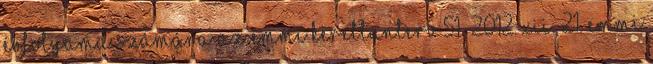
évfolyama számára az EMMI kerettanterv 51 2012. XII. 21. EMMI